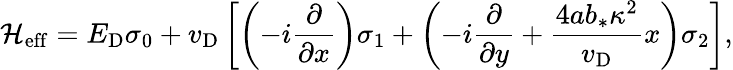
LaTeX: \mathcal{H}_{\mathrm{eff}}=E_{\mathrm{D}}\sigma_{0}+v_{\mathrm{D}}\left[\left(-i\frac{\partial}{\partial x}\right)\sigma_{1}+\left(-i\frac{\partial}{\partial y}+\frac{4ab_{*}\kappa^{2}}{v_{\mathrm{D}}}x\right)\sigma_{2}\right],